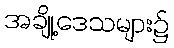
အချို့ဒေသများ၌